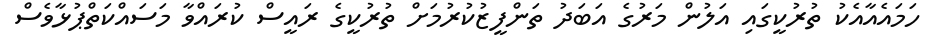
ހަމައެއާއެކު ތުރުކީގައި އަލުން މަރުގެ އަބަދު ތަންފީޒުކުރުމަށް ތުރުކީގެ ރައީސް ކުރައްވާ މަސައްކަތްޕުޅާވެސް